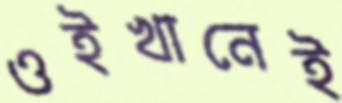
ওইখানেই